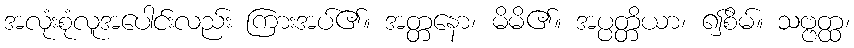
အလုံးစုံလူအပေါင်းလည်း ကြားအပ်၏။ အတ္တနော၊ မိမိ၏။ အပ္ပတ္တိယာ၊ ၍စိမ်။ သဗ္ဗတ္ထ၊